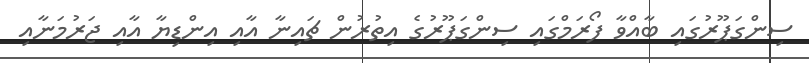
ސިންގަޕޫރުގައި ބާއްވާ ފޯރަމްގައި ސިންގަޕޫރުގެ އިތުރުން ޗައިނާ އާއި އިންޑިޔާ އާއި ޖަރުމަނާއި